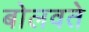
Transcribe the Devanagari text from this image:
बोलवते